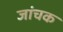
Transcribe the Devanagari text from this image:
जांचक